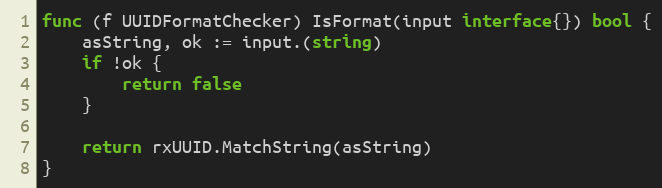
Language: Go
func (f UUIDFormatChecker) IsFormat(input interface{}) bool {
	asString, ok := input.(string)
	if !ok {
		return false
	}

	return rxUUID.MatchString(asString)
}